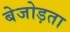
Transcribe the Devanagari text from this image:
बेजोड़ता